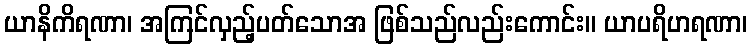
ယာနိကိရဏာ၊ အကြင်လှည့်ပတ်သောအ ဖြစ်သည်လည်းကောင်း။ ယာပရိဟရဏာ၊